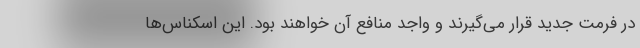
در فرمت جدید قرار می‌گیرند و واجد منافع آن خواهند بود. این اسکناس‌ها